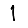
Digit: 1